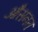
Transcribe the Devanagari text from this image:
औसनत